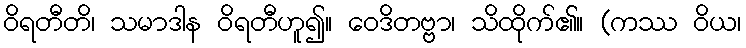
ဝိရတီတိ၊ သမာဒါန ဝိရတီဟူ၍။ ဝေဒိတဗ္ဗာ၊ သိထိုက်၏။ (ကဿ ဝိယ၊